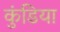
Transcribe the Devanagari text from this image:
कुंडिया